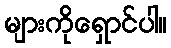
များကိုရှောင်ပါ။